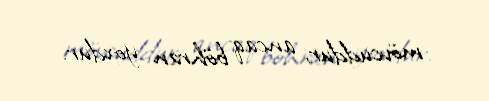
mövcuddur, ancaq böhran yoxdur.